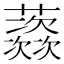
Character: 𱿅